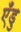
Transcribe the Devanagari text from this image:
एँडु